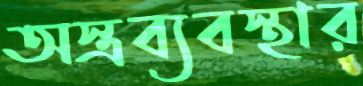
অস্ত্রব্যবস্থার